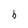
Character: b